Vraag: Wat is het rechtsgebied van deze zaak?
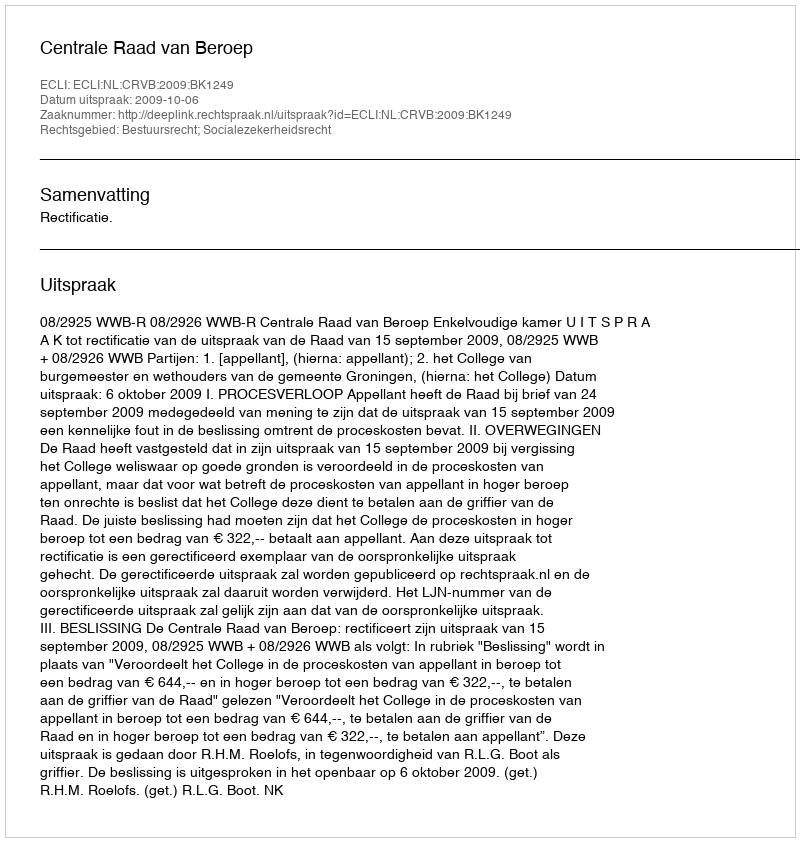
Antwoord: Bestuursrecht; Socialezekerheidsrecht